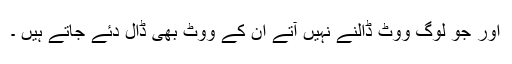
اور جو لوگ ووٹ ڈالنے نہیں آتے اُن کے ووٹ بھی ڈال دئے جاتے ہیں ۔